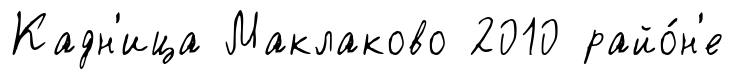
Кадн'ица Маклаково 2010 райо́н'е